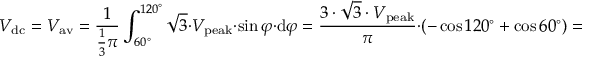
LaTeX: V _ { \mathrm { d c } } = V _ { \mathrm { a v } } = { \frac { 1 } { { \frac { 1 } { 3 } } \pi } } \int _ { 6 0 ^ { \circ } } ^ { 1 2 0 ^ { \circ } } { \sqrt { 3 } } \cdot V _ { \mathrm { p e a k } } \cdot \sin \varphi \cdot \mathrm { d } \varphi = { \frac { 3 \cdot { \sqrt { 3 } } \cdot V _ { \mathrm { p e a k } } } { \pi } } \cdot \left( - \cos 1 2 0 ^ { \circ } + \cos 6 0 ^ { \circ } \right) = { \frac { 3 \cdot { \sqrt { 3 } } \cdot V _ { \mathrm { p e a k } } } { \pi } } \cdot { \Biggl [ } - \left( - { \frac { 1 } { 2 } } \right) + { \frac { 1 } { 2 } } { \Biggl ] } = { \frac { 3 \cdot { \sqrt { 3 } } \cdot V _ { \mathrm { p e a k } } } { \pi } }